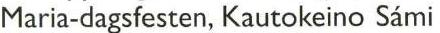
Maria-dagsfesten, Kautokeino Sámi